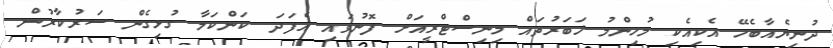
ދުނިޔެއާބެހޭ އެކިއެކި މުހިންމު ޚަބަރުތައް މިނިސްޓްރީއަށް ފޮނުވައި އެފަދަ ކަންކަމާ ގުޅިގެން ސަރުކާރުން